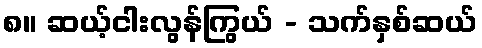
၈။ ဆယ့်ငါးလွန်ကြွယ် - သက်နှစ်ဆယ်